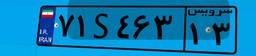
۷۱S۴۶۳۱۳